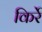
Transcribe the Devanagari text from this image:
किर्रे